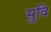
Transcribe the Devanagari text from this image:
सुवि